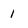
Character: 1